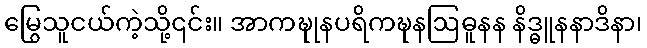
မြွေသူငယ်ကဲ့သို့၎င်း။ အာကဍ္ဎုနပရိကဍ္ဎနဩဓူနန နိဒ္ဓူနနာဒိနာ၊